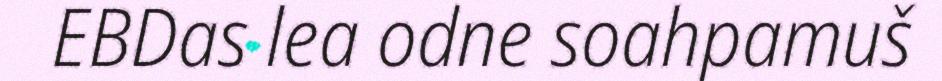
EBDas lea odne soahpamuš